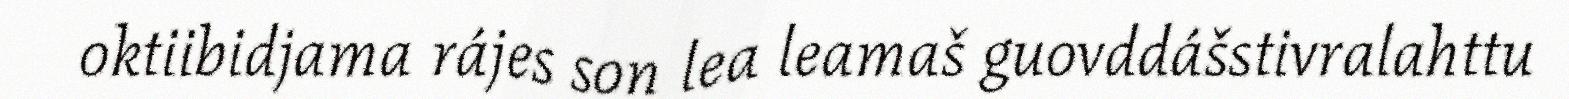
oktiibidjama rájes son lea leamaš guovddášstivralahttu